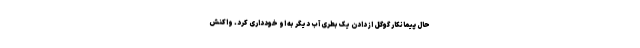
حال پیمانکار گوگل از دادن یک بطری آب دیگر به او خودداری کرد. واکنش